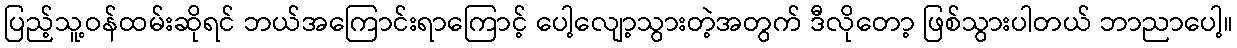
ပြည့်သူ့ဝန်ထမ်းဆိုရင် ဘယ်အကြောင်းရာကြောင့် ပေါ့လျော့သွားတဲ့အတွက် ဒီလိုတော့ ဖြစ်သွားပါတယ် ဘာညာပေါ့။